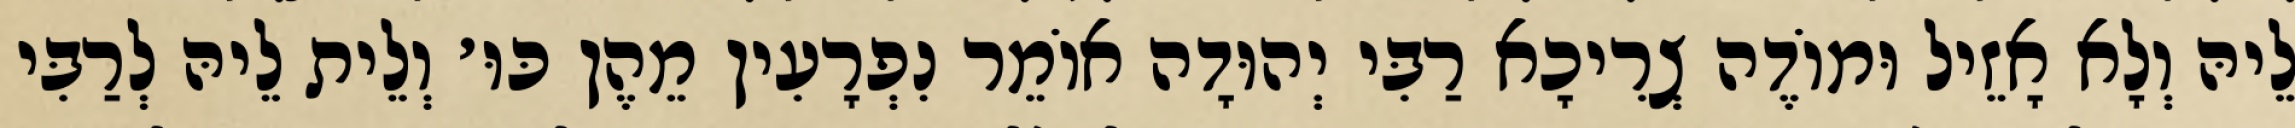
לֵיהּ וְלָא אָזֵיל וּמוֹדֶה צְרִיכָא רַבִּי יְהוּדָה אוֹמֵר נִפְרָעִין מֵהֶן כּוּ׳ וְלֵית לֵיהּ לְרַבִּי